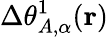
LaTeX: \Delta\theta_{A,\alpha}^{1}(\mathbf{r})